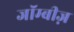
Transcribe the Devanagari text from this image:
जॉम्बीज़